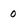
Character: 0